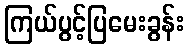
ကြယ်ပွင့်ပြမေးခွန်း